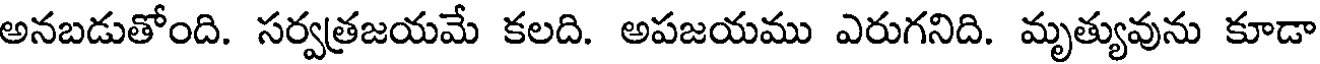
అనబడుతోంది. సర్వత్రజయమే కలది. అపజయము ఎరుగనిది. మృత్యువును కూడా